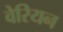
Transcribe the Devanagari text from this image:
वेरियन